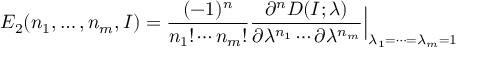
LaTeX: E _ { 2 } ( n _ { 1 } , \ldots , n _ { m } , I ) = { \frac { ( - 1 ) ^ { n } } { n _ { 1 } ! \cdots n _ { m } ! } } { \frac { \partial ^ { n } D ( I ; \lambda ) } { \partial \lambda ^ { n _ { 1 } } \cdots \partial \lambda ^ { n _ { m } } } } \Bigr \vert _ { \lambda _ { 1 } = \cdots = \lambda _ { m } = 1 }